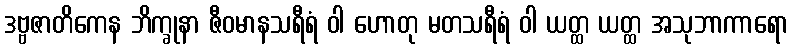
ဒဗ္ဗဇာတိကေန ဘိက္ခုနာ ဇီဝမာနသရီရံ ဝါ ဟောတု မတသရီရံ ဝါ ယတ္ထ ယတ္ထ အသုဘာကာရော